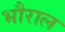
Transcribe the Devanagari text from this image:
भौराल